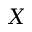
X